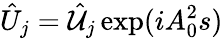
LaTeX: \hat{U}_{j}=\hat{{\cal U}}_{j}\exp(iA_{0}^{2}s)